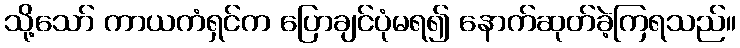
သို့သော် ကာယကံရှင်က ပြောချင်ပုံမရ၍ နောက်ဆုတ်ခဲ့ကြရသည်။